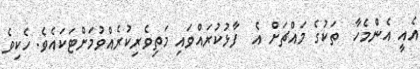
އެއީ އެންމެހާ  ތަކުގެ މައްޗަށް އެ  ފާޅުކުރައްވައި މަތިވެރިކުރެއްވުމަށްޓަކައެވެ. ހެކިވެ